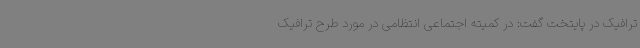
ترافیک در پایتخت گفت: در کمیته اجتماعی انتظامی در مورد طرح ترافیک